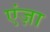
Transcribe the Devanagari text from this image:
एंज़ा